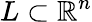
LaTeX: L\subset\mathbb{R}^{n}